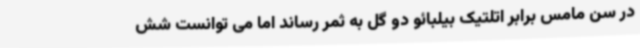
در سن مامس برابر اتلتیک بیلبائو دو گل به ثمر رساند اما می توانست شش